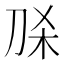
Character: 𭃛